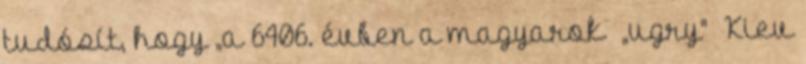
tudósít, hogy „a 6406. évben a magyarok „ugry" Kiev